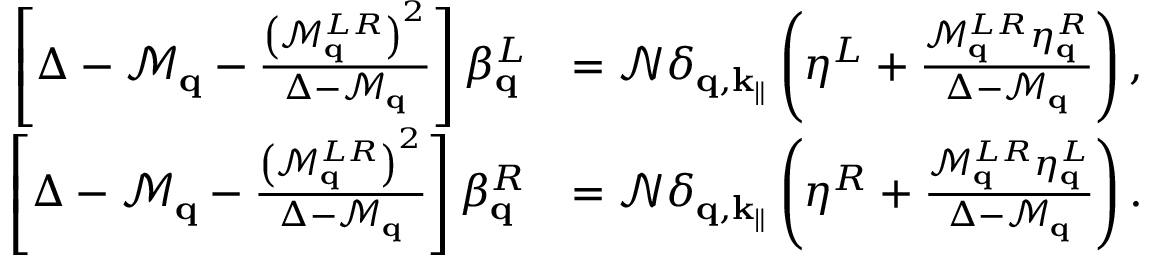
\begin{array} { r l } { \left[ \Delta - \mathcal { M } _ { \mathbf { q } } - \frac { \left( \mathcal { M } _ { \mathbf { q } } ^ { L R } \right) ^ { 2 } } { \Delta - \mathcal { M } _ { \mathbf { q } } } \right] \beta _ { \mathbf { q } } ^ { L } } & { = \mathcal { N } \delta _ { \mathbf { q } , \mathbf { k } _ { \parallel } } \left( \eta ^ { L } + \frac { \mathcal { M } _ { \mathbf { q } } ^ { L R } \eta _ { \mathbf { q } } ^ { R } } { \Delta - \mathcal { M } _ { \mathbf { q } } } \right) , } \\ { \left[ \Delta - \mathcal { M } _ { \mathbf { q } } - \frac { \left( \mathcal { M } _ { \mathbf { q } } ^ { L R } \right) ^ { 2 } } { \Delta - \mathcal { M } _ { \mathbf { q } } } \right] \beta _ { \mathbf { q } } ^ { R } } & { = \mathcal { N } \delta _ { \mathbf { q } , \mathbf { k } _ { \parallel } } \left( \eta ^ { R } + \frac { \mathcal { M } _ { \mathbf { q } } ^ { L R } \eta _ { \mathbf { q } } ^ { L } } { \Delta - \mathcal { M } _ { \mathbf { q } } } \right) . } \end{array}